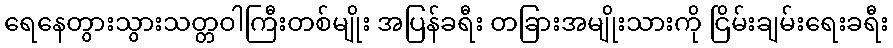
ရေနေတွားသွားသတ္တဝါကြီးတစ်မျိုး အပြန်ခရီး တခြားအမျိုးသားကို ငြိမ်းချမ်းရေးခရီး